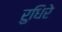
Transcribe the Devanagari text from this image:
रुधिरे